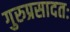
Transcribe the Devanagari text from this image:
गुरुप्रसादतः